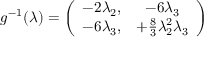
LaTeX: g ^ { - 1 } ( \lambda ) = \left( \begin{array} { c c } { { - 2 \lambda _ { 2 } , } } & { { - 6 \lambda _ { 3 } } } \\ { { - 6 \lambda _ { 3 } , } } & { { + \frac 8 3 \lambda _ { 2 } ^ { 2 } \lambda _ { 3 } } } \end{array} \right)